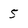
Character: 5